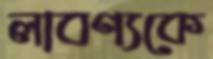
লাবণ্যকে